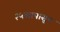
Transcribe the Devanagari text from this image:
२५व्यापासून